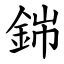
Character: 銟